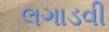
લગાડવી